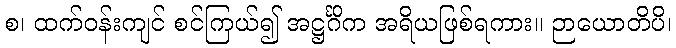
စ၊ ထက်ဝန်းကျင် စင်ကြယ်၍ အဋ္ဌင်္ဂိက အရိယဖြစ်ရကား။ ဉာယောတိပိ၊